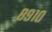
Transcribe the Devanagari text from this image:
८९१०